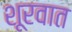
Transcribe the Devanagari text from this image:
शूरवात